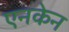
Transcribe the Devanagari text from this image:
एनकेन